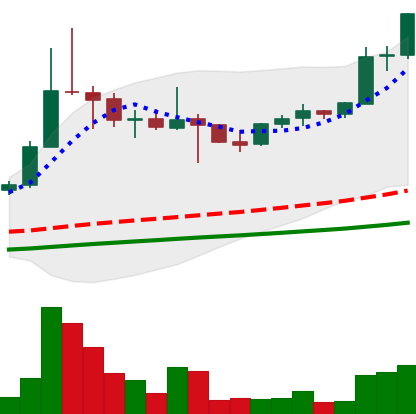
Ticker: ETC-USD
Chart end date: 2021-05-03
Forward return: 142.967%
Label: up_7plus